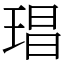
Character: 琩